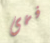
فهى